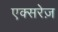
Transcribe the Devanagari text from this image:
एक्सरेज़